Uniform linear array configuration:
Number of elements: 48
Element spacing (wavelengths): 0.5
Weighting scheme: exponential
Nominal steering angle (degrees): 45
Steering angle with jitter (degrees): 46.947
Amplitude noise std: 0.05
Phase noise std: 0.05

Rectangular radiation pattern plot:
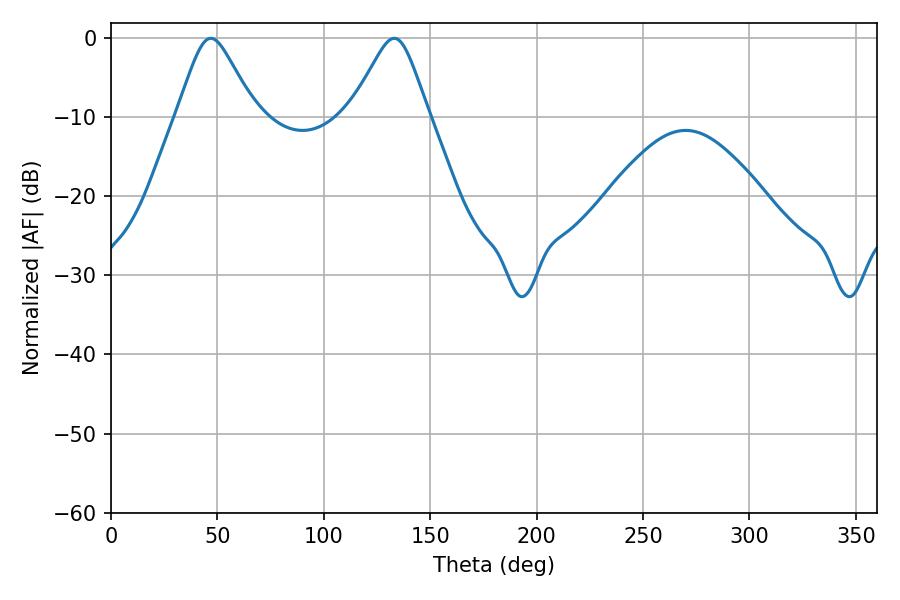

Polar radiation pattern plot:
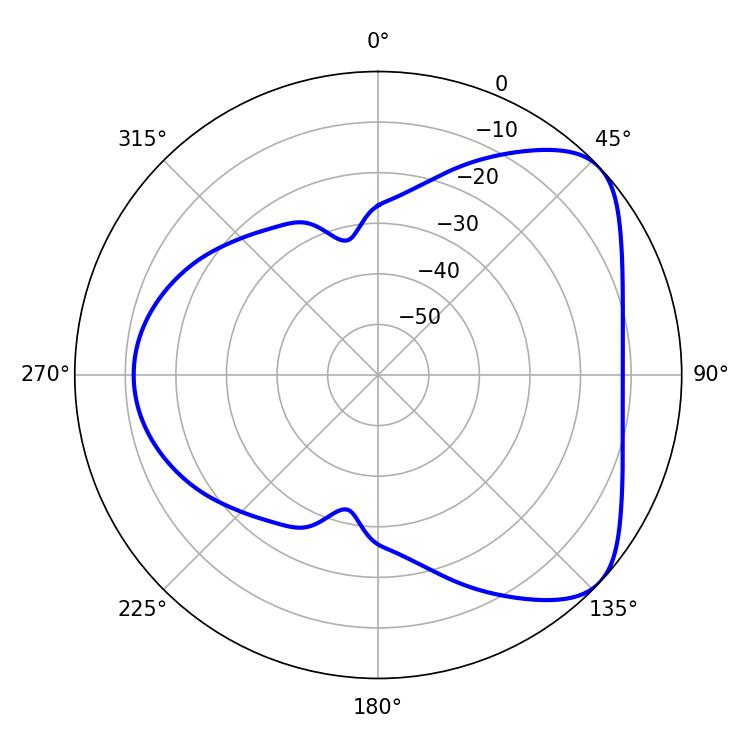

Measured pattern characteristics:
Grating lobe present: FALSE
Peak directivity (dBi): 5.731
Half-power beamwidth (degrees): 17.46
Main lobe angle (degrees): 46.98